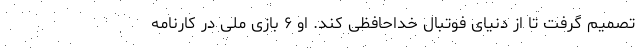
تصمیم گرفت تا از دنیای فوتبال خداحافظی کند. او ۶ بازی ملی در کارنامه